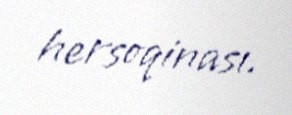
hersoqinası.